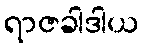
ရာဇခါဒါယ